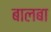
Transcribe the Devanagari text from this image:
बालबा